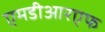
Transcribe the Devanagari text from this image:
एमडीआरएफ